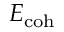
E _ { \mathrm { c o h } }